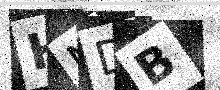
Text: HMDB